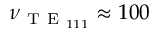
\nu _ { \mathrm { ~ T ~ E ~ } _ { 1 1 1 } } \approx 1 0 0